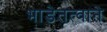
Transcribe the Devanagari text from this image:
भाडेतत्वाने